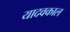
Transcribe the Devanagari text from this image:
यादवकाल